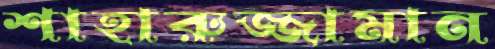
শাহারুজ্জামান